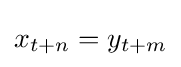
x_{t+n}=y_{t+m}